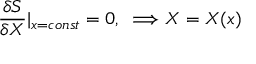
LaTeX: \frac { \delta S } { \delta X } | _ { x = c o n s t } = 0 , \; \; \Longrightarrow X = X ( x )